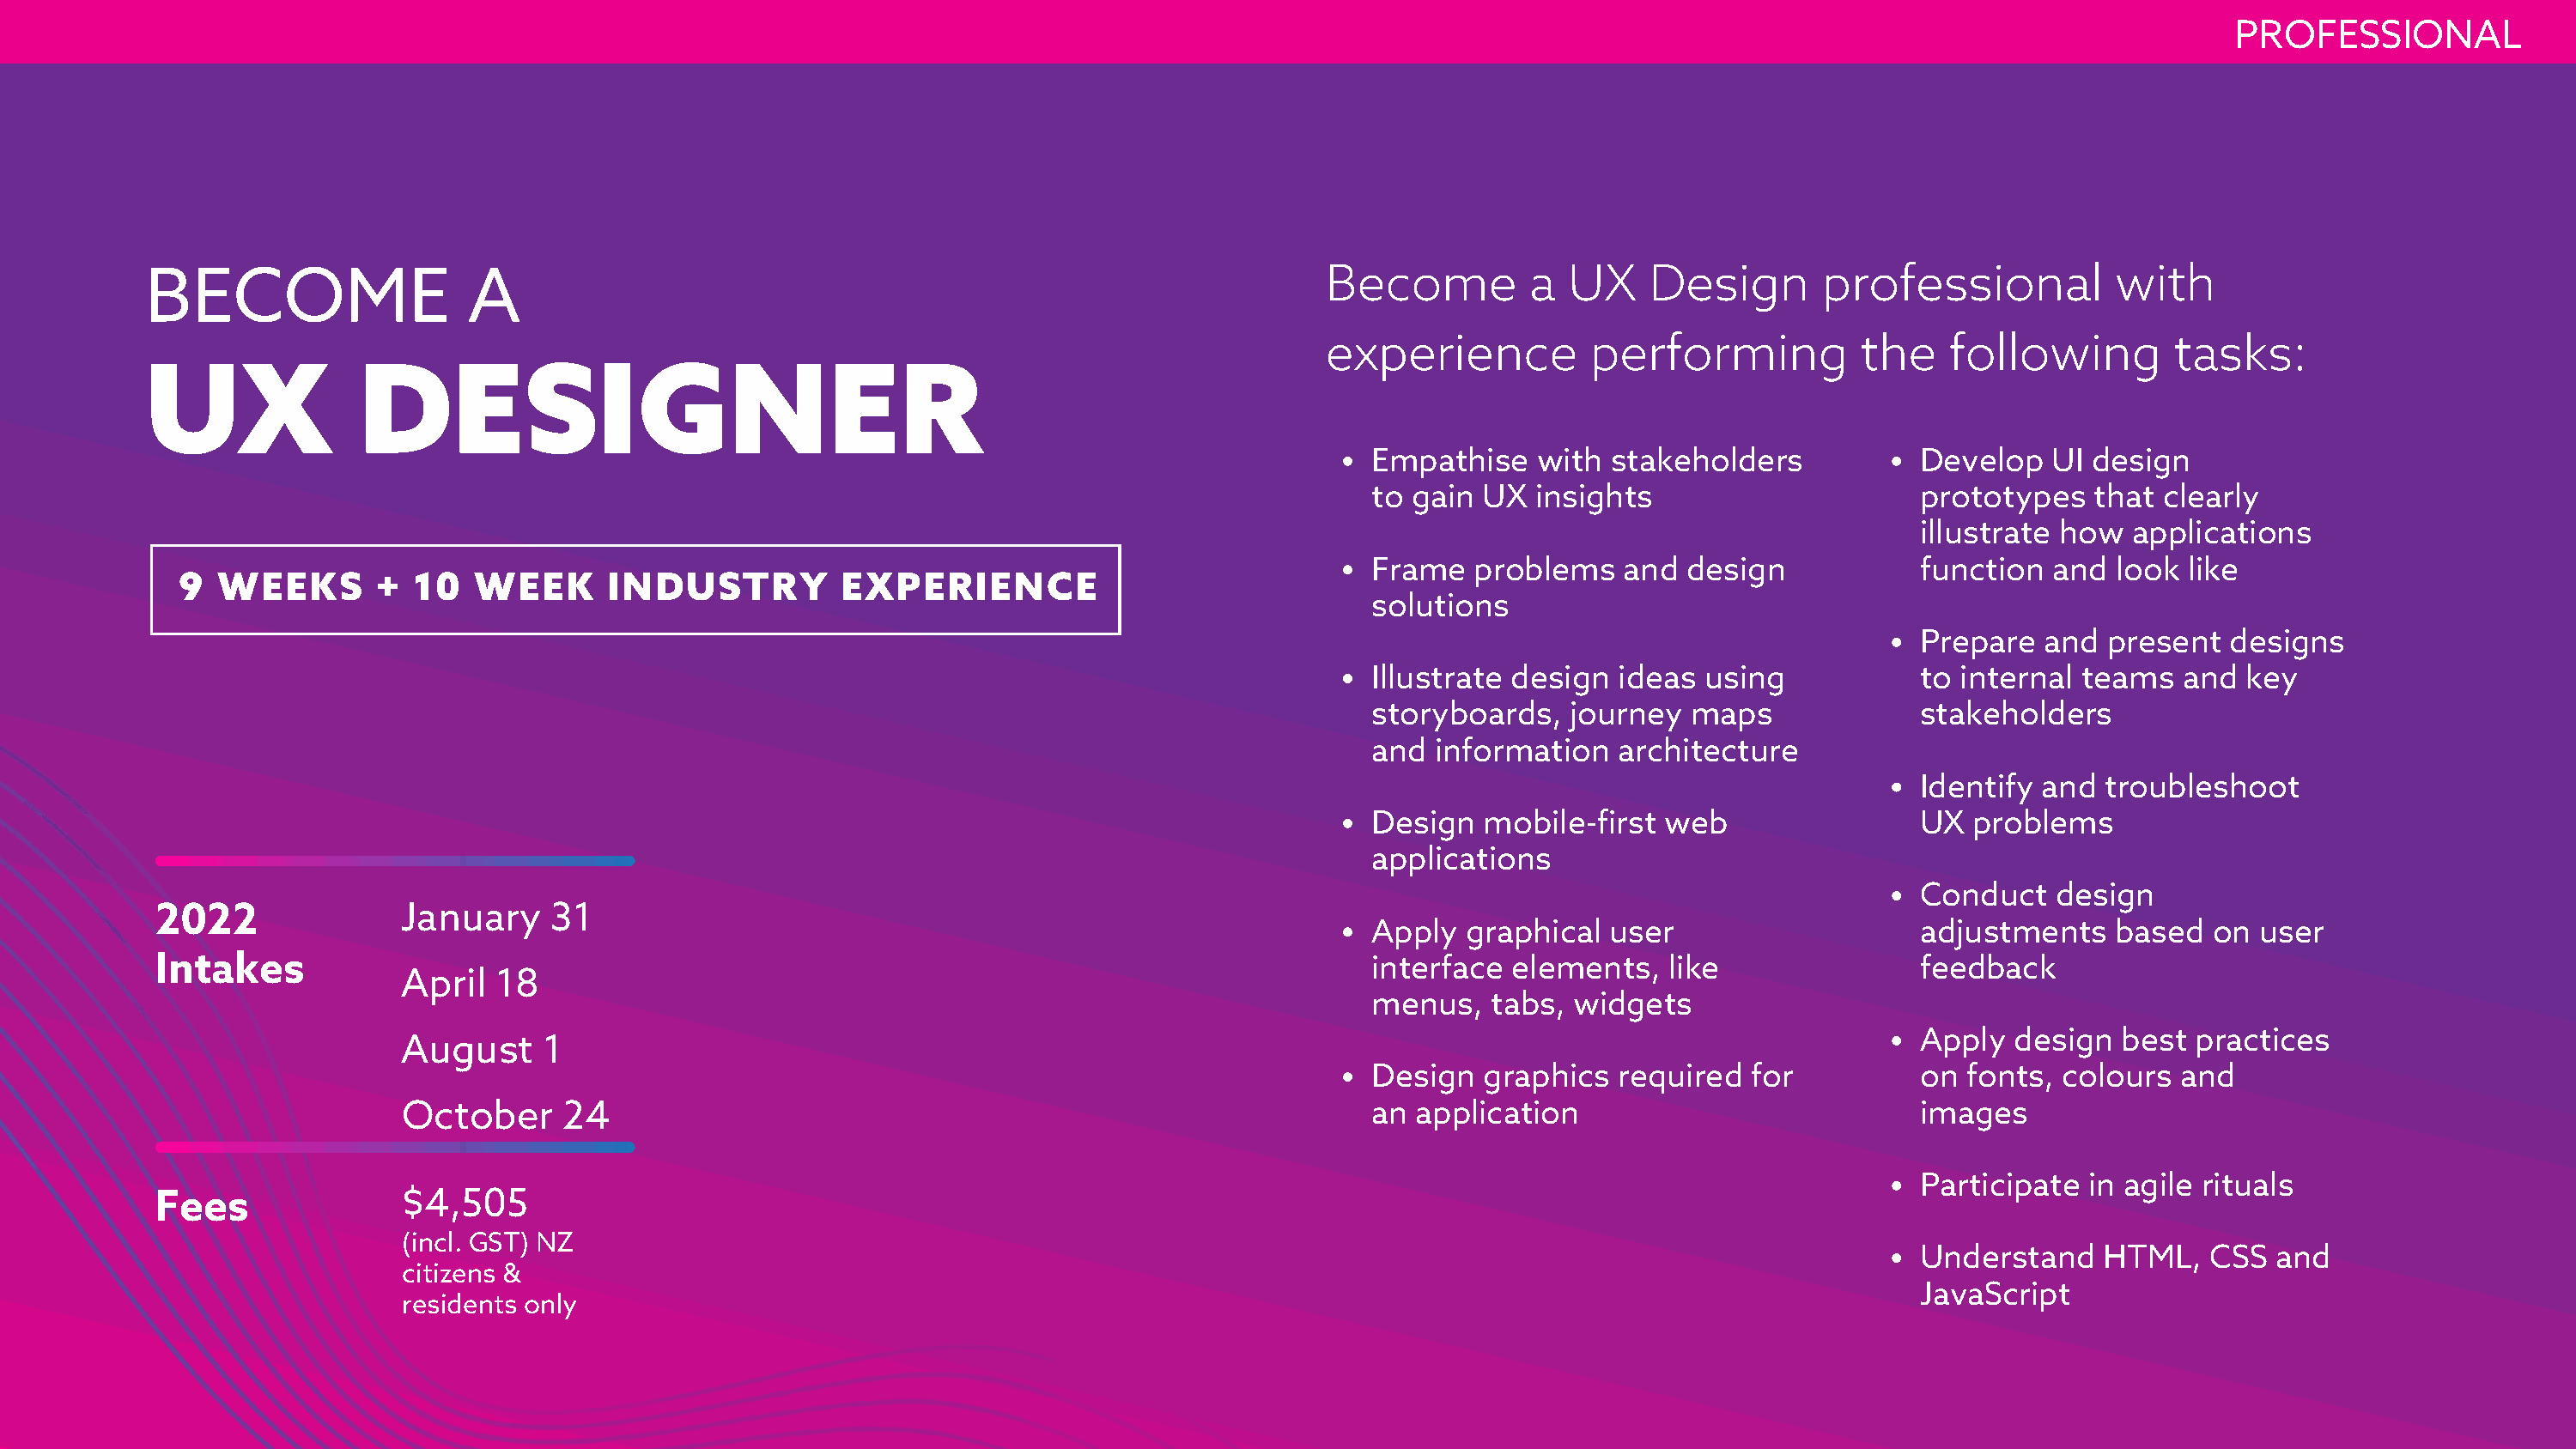
PROFESSIONAL
 BECOME                   A                                                                 Become          a  UX    Design       professional           with
 experience           performing          the    following         tasks:
 UX               DESIGNER
 Empathise   with  stakeholders            Develop   UI design
 to gain UX  insights                      prototypes   that  clearly
 illustrate how  applications
 Frame   problems   and  design            function  and  look  like
 9  WEEKS       +  10   WEEK      INDUSTRY          EXPERIENCE
 solutions
 Prepare   and present   designs
 Illustrate design  ideas using            to internal teams   and  key
 storyboards,   journey  maps              stakeholders
 and  information   architecture
 Identify and  troubleshoot
 Design  mobile-first  web                 UX  problems
 applications
 Conduct   design
 2022               January    31
 Apply  graphical  user                    adjustments    based   on user
 Intakes                                                                                       interface  elements,   like               feedback
 April  18
 menus,   tabs, widgets
 Apply  design   best practices
 August     1
 Design  graphics   required  for          on  fonts, colours  and
 October     24                                                             an application                            images
 Participate  in agile rituals
 Fees               $4,505
 (incl. GST) NZ
 Understand    HTML,   CSS  and
 citizens &
 JavaScript
 residents only